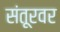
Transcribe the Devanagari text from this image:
संतूरवर